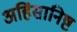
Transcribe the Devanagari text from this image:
अहिंसानिष्ट